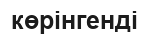
көрінгенді